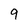
Character: 9